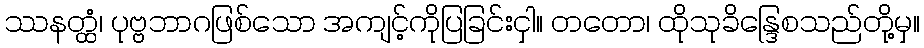
ဿနတ္ထံ၊ ပုဗ္ဗဘာဂဖြစ်သော အကျင့်ကိုပြခြင်းငှါ။ တတော၊ ထိုသုခိန္ဒြေစသည်တို့မှ။